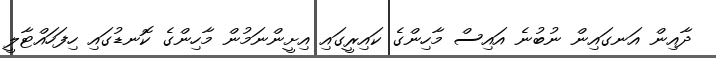
ދާއިން އަނގައިން ނުބުނެ އައިސް މާހިންގެ ކައިރީގައި އިށީންނަމުން މާހިންގެ ކޮނޑުގައި ހިފަހައްޓާލީ